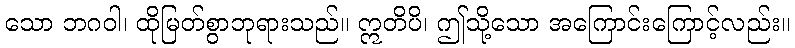
သော ဘဂဝါ၊ ထိုမြတ်စွာဘုရားသည်။ ဣတိပိ၊ ဤသို့သော အကြောင်းကြောင့်လည်း။